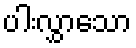
ပါးလွှာသော